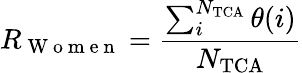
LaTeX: R_{{\mathrm{~W~o~m~e~n~}}}=\frac{\sum_{i}^{N_{\mathrm{TCA}}}\theta(i)}{N_{\mathrm{TCA}}}